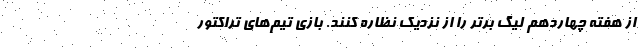
از هفته چهاردهم لیگ برتر را از نزدیک نظاره کنند. بازی تیم‌های تراکتور